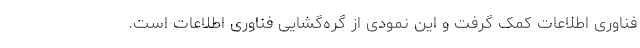
فناوری اطلاعات کمک گرفت و این نمودی از گره‌گشایی فناوری اطلاعات است.